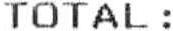
TOTAL :